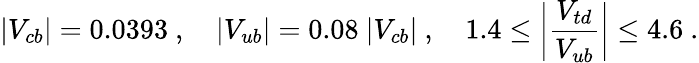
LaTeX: |V_{cb}|=0.0393\ ,\quad|V_{ub}|=0.08~|V_{cb}|\ ,\quad 1.4\le\bigg|{\frac{V_{td}}{V_{ub}}}\bigg|\le 4.6\ .